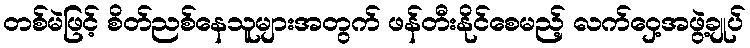
တစ်မဲဖြင့် စိတ်ညစ်နေသူများအတွက် ဖန်တီးနိုင်စေမည့် လက်ဝှေ့အဖွဲ့ချုပ်